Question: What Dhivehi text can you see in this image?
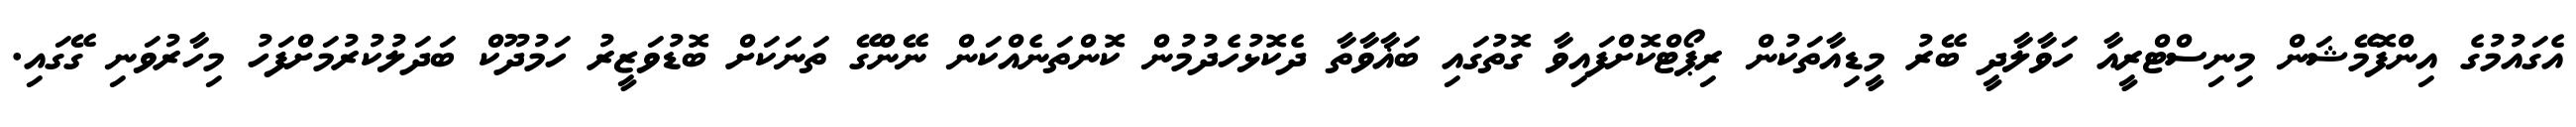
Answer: އެގައުމުގެ އިންފޮމޭޝަން މިނިސްޓްރީއާ ހަވާލާދީ ބޭރު މީޑިއާތަކުން ރިޕޯޓްކޮށްފައިވާ ގޮތުގައި ބަޣާވާތާ ދެކޮޅުހެދުމުން ކޮންތަނެއްކަން ނޭންގޭ ތަނަކަށް ބޮޑުވަޒީރު ހަމުދޫކް ބަދަލުކުރުމަށްފަހު މިހާރުވަނި ގޭގައި.